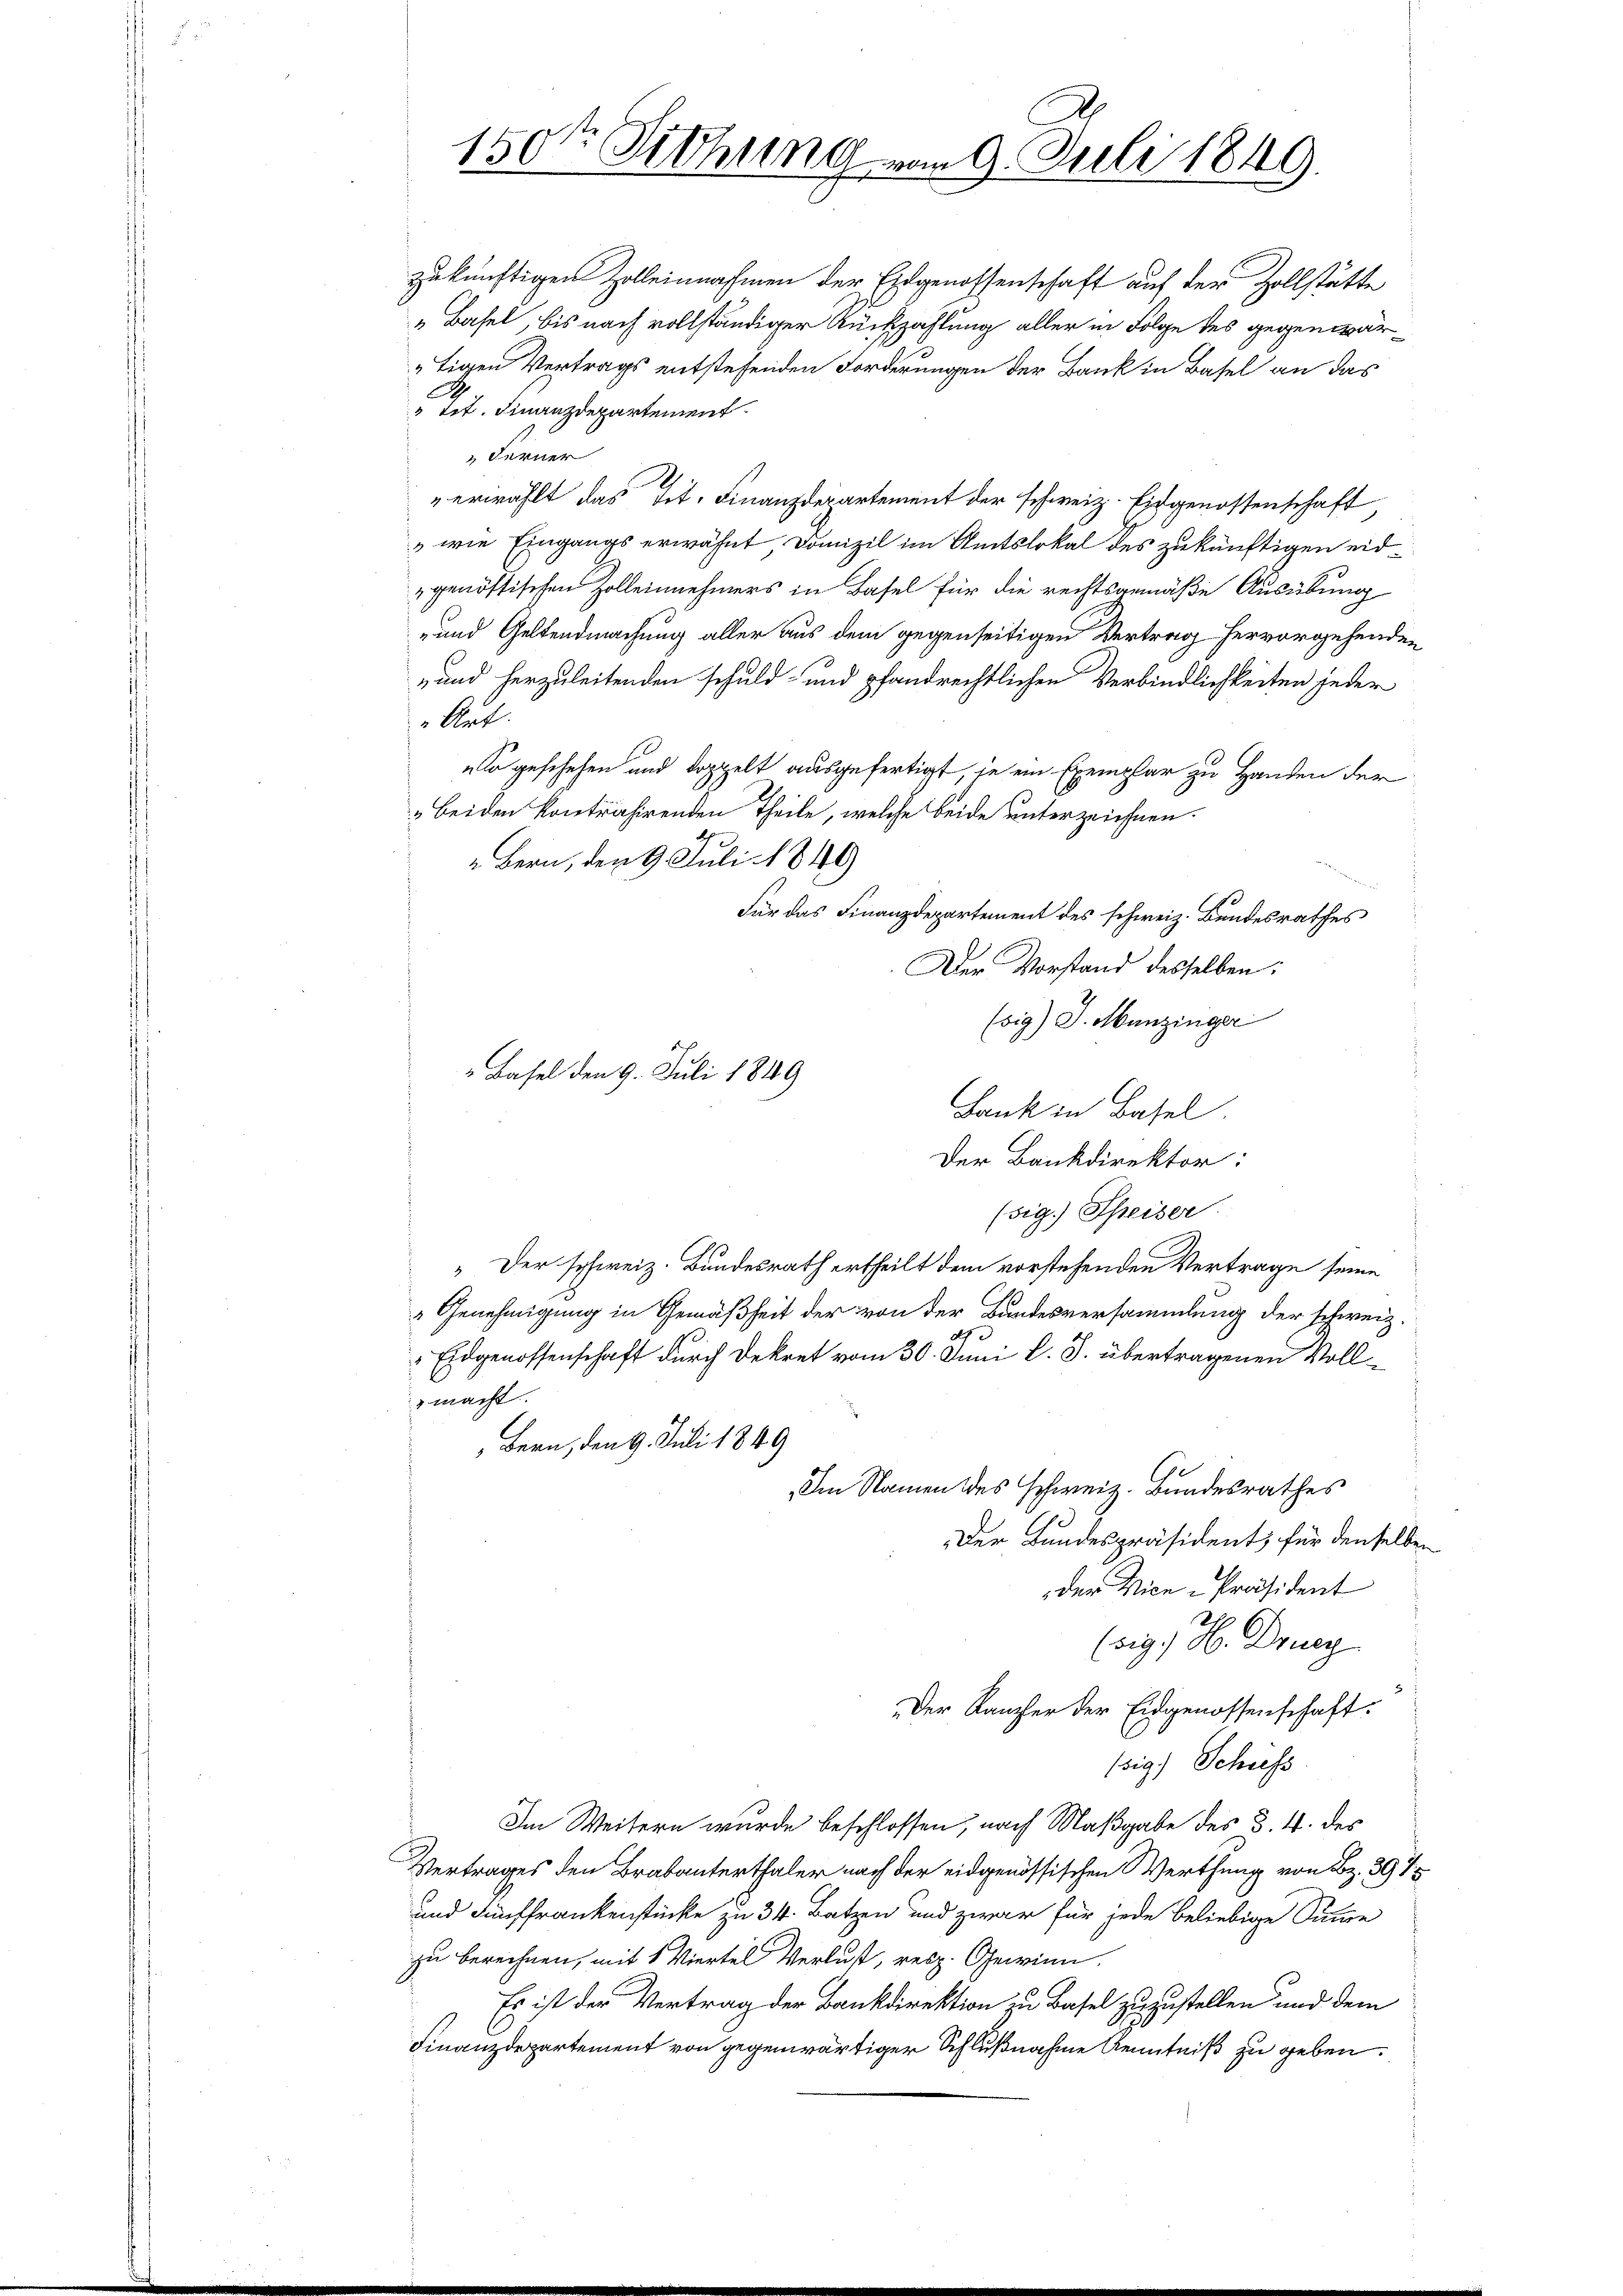
150te Sitzung vom 9. Juli 1849.

„ Basel, bis nach vollständiger Rückzahlung aller in Folge des gegenwärtigen Vertrags entstehenden Forderungen der Bank in Basel an das
" tit. Finanzdepartement
 Ferner
" erwählt das Tit. Finanzdepartement der schweiz. Eidgenossenschaft,
 wie Eingangs erwähnt Domizil im Amtslokal des zukünftigen eidgenössischen Zolleinnehmers in Basel für die rechtsgemäße Ausübung
- und Geltendmachung aller aus dem gegenseitigen Vertrag hervorgehenden
-und herzuleitenden schuld- und pfandrechtlichen Verbindlichkeiten jeder
Art.
So geschehen und doppelt ausgefertigt, je ein Exemplar zu Handen der
beiden kontrahirenden Theile, welche beide unterzeichnen.
Bern, der 9. Juli 1849
Für das Finanzdepartement des schweiz. Bundesrathes
Der Vorstand desselben:
(sig) J. Menzinger
Lank in Basel
Der Bankdirektor:
(sig. Speiser.
“ Der schweiz. Bundesrath ertheilt dem vorstehenden Vertrage seine
Genehmigung in Gemäßheit der von der Bundesversammlung der schweiz.
dh
Eidgenossenschaft durch Dekret vom 30. Juni l. J. übertragenen Vollmacht.
Bern, den 9. Juli 1849
Im Namen des Schweiz. Bundesrathes
Der Bundespräsident, für denselbe
der Vice-Präsident
(sig. H. Drey
Der Kanzler der Eidgenossenschaft.
sig) Schuess
Im Weitern wurde beschlossen, nach Maßgabe des §. 4. des
Vertrages den Brabanterthaler nach der eidgenössischen Werthung von Bz. 397
und Fünffrankenstücke zu 34. Batzen und zwar für jede beliebige Sume
zu berechnen, mit 1 Viertel Verlust, resp. Gewinn.
Es ist der Vertrag der Bankdirektion zu Basel zuzustellen und dem
Finanzdepartement von gegenwärtiger Schlußnahme Kenntniß zu geben.

zukünftigen Zolleinnahmen der Eidgenossenschaft auf der Zollstätte

" Basel den 9. Juli 1849